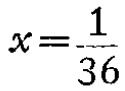
\(x=\frac{1}{36}\)